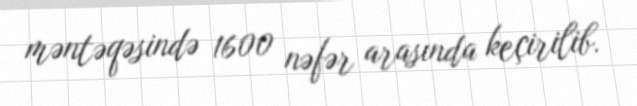
məntəqəsində 1600 nəfər arasında keçirilib.